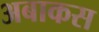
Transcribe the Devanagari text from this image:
अबाकस